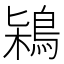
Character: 𪀶